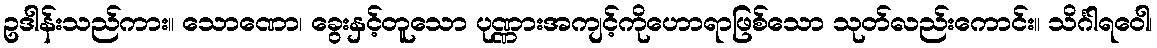
ဥဒါန်းသည်ကား။ သောဏော၊ ခွေးနှင့်တူသော ပုဏ္ဏားအကျင့်ကိုဟောရာဖြစ်သော သုတ်လည်းကောင်း။ သိင်္ဂါရဝေါ၊